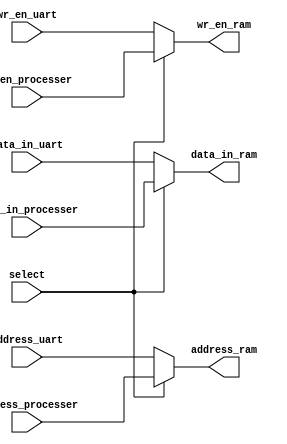
module ram_mux (
	input select,
	input [7:0]data_in_uart,data_in_processer,
	input [15:0]address_uart,address_processer,
	input wr_en_uart,wr_en_processer,
	output [7:0] data_in_ram,
	output [15:0] address_ram,
	output wr_en_ram
);

	assign data_in_ram = (select==1'b0)? data_in_uart : data_in_processer ;

	assign address_ram = (select==1'b0)? address_uart : address_processer ;

	assign wr_en_ram   = (select==1'b0)? wr_en_uart   : wr_en_processer ;

endmodule